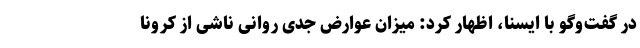
در گفت‌وگو با ایسنا، اظهار کرد: میزان عوارض جدی روانی ناشی از کرونا